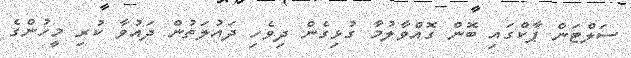
ސަލްޓަން ޕާކްގައި ބޮން ގޮއްވާލުމާ ގުޅިގެން ދިވެހި ދައުލަތުން ދައުވާ ކުރި މީހުންގެ